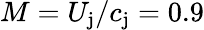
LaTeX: M=U_{\mathrm{j}}/c_{\mathrm{j}}=0.9